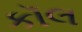
કૉલ